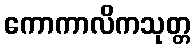
ကောကာလိကသုတ္တ